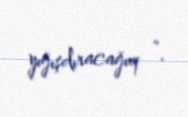
yığışdıracağıq “.